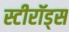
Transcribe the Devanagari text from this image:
स्टीरॉड्स